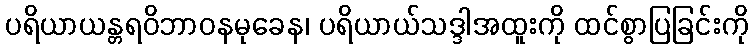
ပရိယာယန္တရဝိဘာဝနမုခေန၊ ပရိယာယ်သဒ္ဒါအထူးကို ထင်စွာပြခြင်းကို